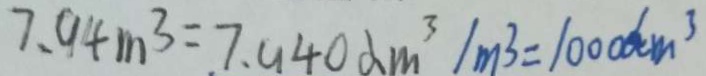
7 . 9 4 m ^ { 3 } = 7 . 9 4 0 d m ^ { 3 } / m ^ { 3 } = 1 0 0 0 d m ^ { 3 }